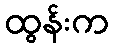
ထွန်းက